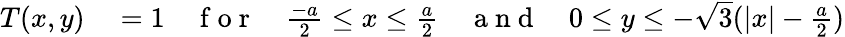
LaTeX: \begin{array}{rl}{T(x,y)}&{{}=1\quad\mathrm{~f~o~r~}\quad\frac{-a}{2}\leq x\leq\frac{a}{2}\quad\mathrm{~a~n~d~}\quad 0\leq y\leq-\sqrt{3}(|x|-\frac{a}{2})}\end{array}